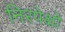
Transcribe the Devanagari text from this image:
निरपेक्षो